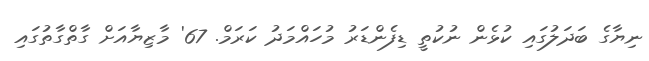
ނިޔާގެ ބަދަލުގައި ކުޅެން ނުކުތީ ޑިފެންޑަރު މުހައްމަދު ކަރަމް. 67' މާޒިޔާއަށް ގާތްގާތުގައި